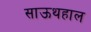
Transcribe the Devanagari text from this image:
साऊथहाल